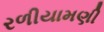
રળીયામણી